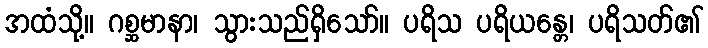
အထံသို့။ ဂစ္ဆမာနာ၊ သွားသည်ရှိသော်။ ပရိသ ပရိယန္တေ၊ ပရိသတ်၏